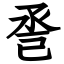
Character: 巹